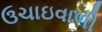
ઉચાઇવાળી